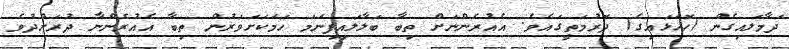
ދަމާލައިގެން (ހޮހަޅައިގެ) ދޮރުމަތީގައެވެ. އެއުރެންނަށް ތިބާ ބަލާލައިފިނަމަ ހަމަކަށަވަރުން ތިބާ އެއުރެންނާ ދުރަށްދުވެ